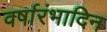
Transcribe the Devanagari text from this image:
वर्षारंभादिन